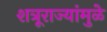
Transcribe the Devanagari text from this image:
शत्रूराज्यांमुळे